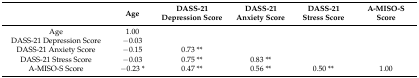
|  | Age | DASS-21 Depression Score | DASS-21 Anxiety Score | DASS-21 Stress Score | A-MISO-S Score |
 | --- | --- | --- | --- | --- | --- |
 | Age | 1.00 |  |  |  |  |
 | DASS-21 Depression Score | −0.03 |  |  |  |  |
 | DASS-21 Anxiety Score | −0.15 | 0.73 ** |  |  |  |
 | DASS-21 Stress Score | −0.03 | 0.75 ** | 0.83 ** |  |  |
 | A-MISO-S Score | −0.23 * | 0.47 ** | 0.56 ** | 0.50 ** | 1.00 |